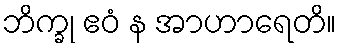
ဘိက္ခု ဧဝံ န အာဟာရေတိ။